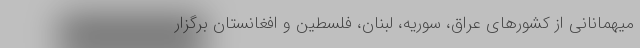
میهمانانی از کشورهای عراق، سوریه، لبنان، فلسطین و افغانستان برگزار